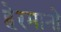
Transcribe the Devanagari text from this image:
हेरमानो